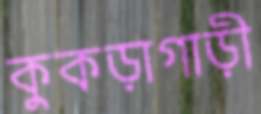
কুকড়াগাড়ী